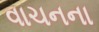
વાચનના